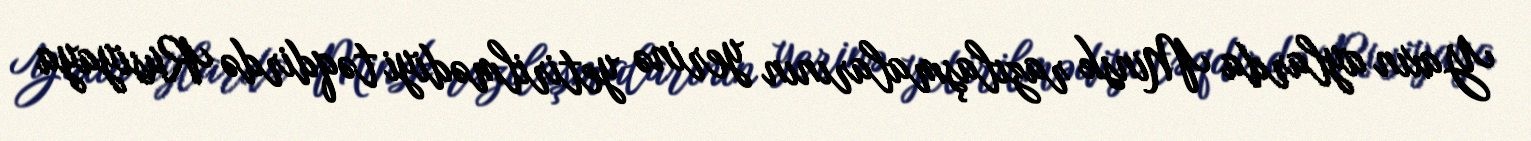
Yaxın aylarda Minsk razılaşmalarının yerinə yetirilmədiyi təqdirdə Rusiyaya